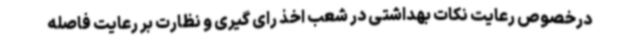
درخصوص رعایت نکات بهداشتی در شعب اخذ رای گیری و نظارت بر رعایت فاصله